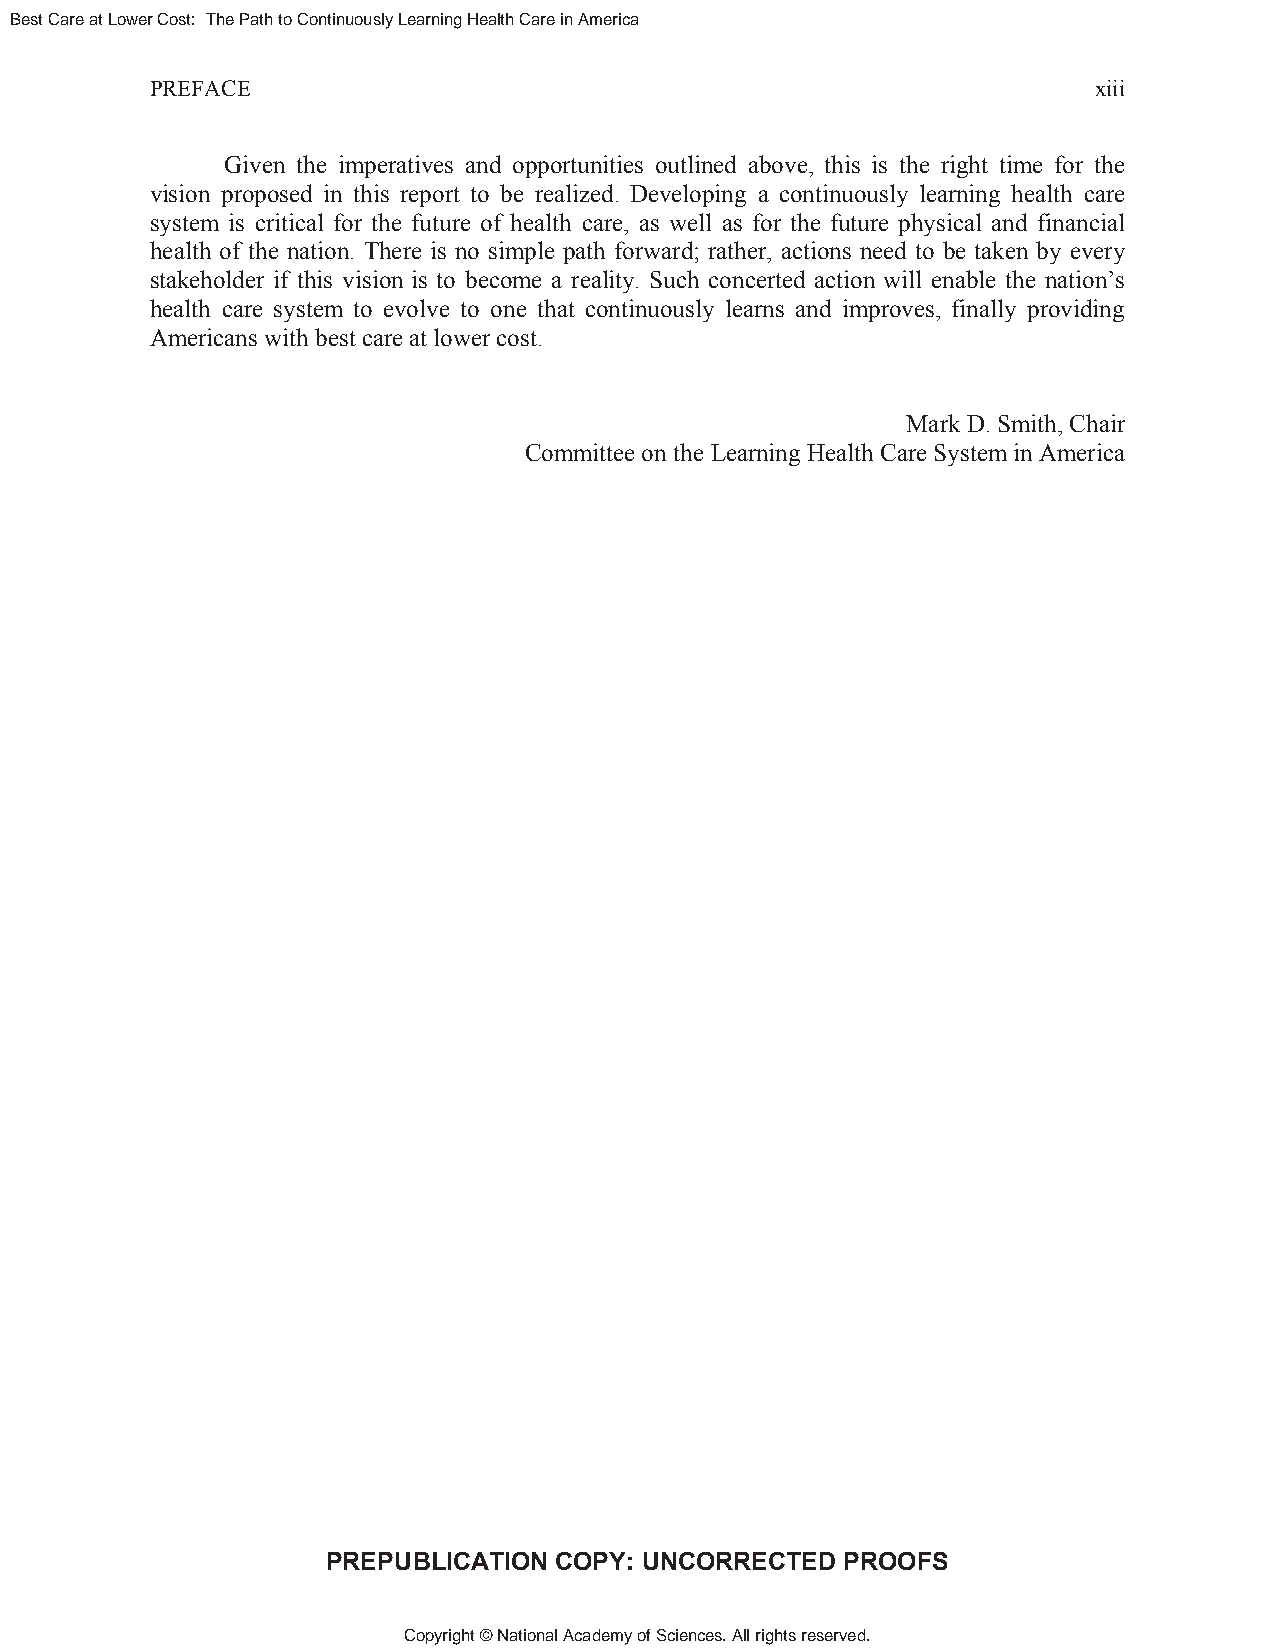
Best Care at Lower Cost: The Path to Continuously Learning Health Care in America
 PREFACE                                                       xiii
 Given the imperatives and opportunities outlined above, this is the right time for the
 vision proposed in this report to be realized. Developing a continuously learning health care
 system is critical for the future of health care, as well as for the future physical and financial
 health of the nation. There is no simple path forward; rather, actions need to be taken by every
 stakeholder if this vision is to become a reality. Such concerted action will enable the nation’s
 health care system to evolve to one that continuously learns and improves, finally providing
 Americans with best care at lower cost.
 Mark D. Smith, Chair
 Committee on the Learning Health Care System in America
 PREPUBLICATION COPY: UNCORRECTED  PROOFS
 Copyright © National Academy of Sciences. All rights reserved.